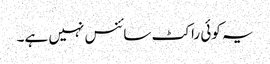
یہ کوئی راکٹ سائنس نہیں ہے۔